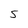
Character: S